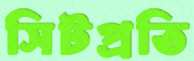
সিটপ্রতি